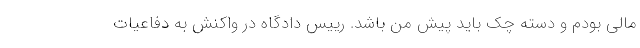
مالی بودم و دسته چک باید پیش من باشد. رییس دادگاه در واکنش به دفاعیات